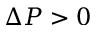
\Delta P > 0